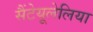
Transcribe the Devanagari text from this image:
सैंटेयूलेलिया